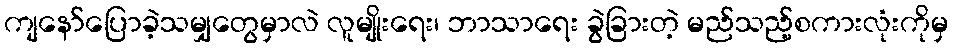
ကျနော်ပြောခဲ့သမျှတွေမှာလဲ လူမျိုးရေး၊ ဘာသာရေး ခွဲခြားတဲ့ မည်သည့်စကားလုံးကိုမှ